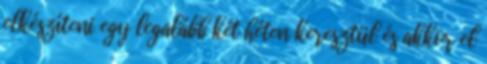
elkészíteni egy legalább két héten keresztül és akkor el